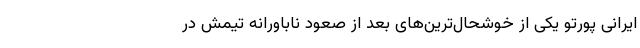
ایرانی پورتو یکی از خوشحال‌ترین‌های بعد از صعود ناباورانه تیمش در